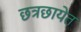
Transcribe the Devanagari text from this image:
छत्रछायेत